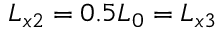
L _ { x 2 } = 0 . 5 L _ { 0 } = L _ { x 3 }